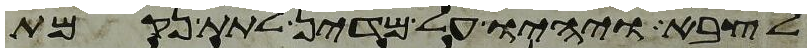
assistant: לצבא ויהיו על מדין לתת נקמת